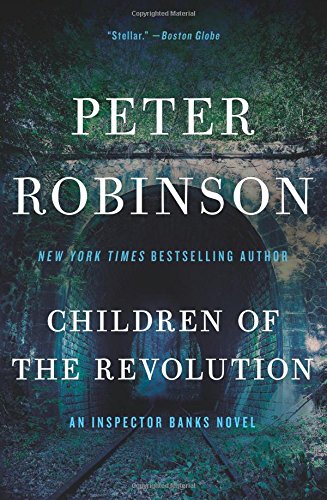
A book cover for Children of the Revolution: An Inspector Banks Novel (Inspector Banks Novels); Peter Robinson; Mystery, Thriller & Suspense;